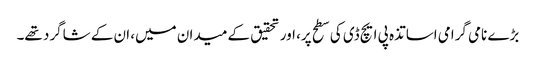
بڑے نامی گرامی اساتذہ پی ایچ ڈی کی سطح پر، اور تحقیق کے میدان میں، ان کے شاگرد تھے۔